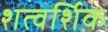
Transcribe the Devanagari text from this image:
शत्वर्शिक